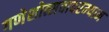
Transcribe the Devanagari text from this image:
गणेशोत्सवादरम्यान